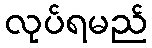
လုပ်ရမည်